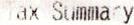
TAX SUMMARY